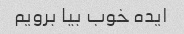
ایده خوب بیا برویم